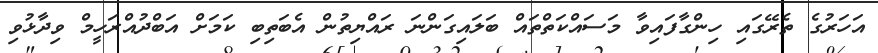
އަހަރުގެ ތެރޭގައި ހިންގާފައިވާ މަސައްކަތްތައް ބަލައިގަންނަ ރައްޔިތުން އެބަތިބި ކަމަށް އަބްދުއްރަހީމް ވިދާޅުވި